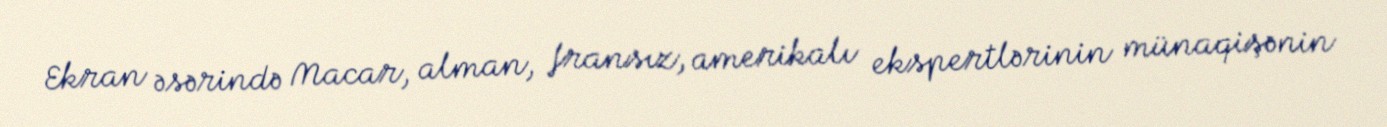
Ekran əsərində Macar, alman, fransız, amerikalı ekspertlərinin münaqişənin